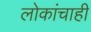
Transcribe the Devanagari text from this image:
लोकांचाही